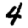
Digit: 4